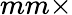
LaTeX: mm\times